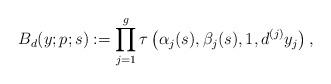
LaTeX: \begin{align*}B_{d}(y;p;s):=\prod_{j=1}^g \tau\left(\alpha_j(s),\beta_j(s),1,d^{(j)} y_j\right),\end{align*}